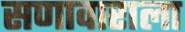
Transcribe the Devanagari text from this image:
सणावाराला